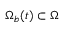
\Omega _ { b } ( t ) \subset \Omega